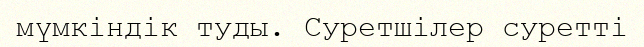
мүмкіндік туды. Суретшілер суретті